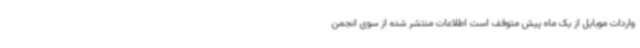
واردات موبایل از یک ماه پیش متوقف است اطلاعات منتشر شده از سوی انجمن